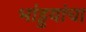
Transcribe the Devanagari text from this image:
भांड्डयांचा